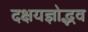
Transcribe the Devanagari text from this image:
दक्षयज्ञोद्भव